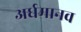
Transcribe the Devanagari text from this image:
अर्धमानव